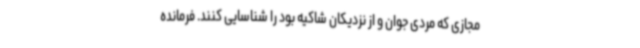
مجازی که مردی جوان و از نزدیکان شاکیه بود را شناسایی کنند. فرمانده